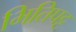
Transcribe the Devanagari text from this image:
भितिपट्ट